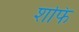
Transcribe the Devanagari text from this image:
शफि